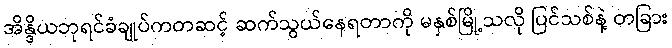
အိန္ဒိယဘုရင်ခံချုပ်ကတဆင့် ဆက်သွယ်နေရတာကို မနှစ်မြို့သလို ပြင်သစ်နဲ့ တခြား